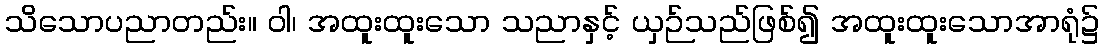
သိသောပညာတည်း။ ဝါ၊ အထူးထူးသော သညာနှင့် ယှဉ်သည်ဖြစ်၍ အထူးထူးသောအာရုံ၌